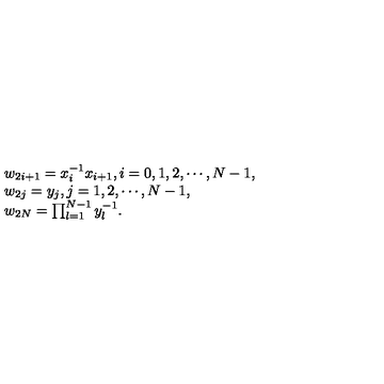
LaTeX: \begin{array} { l } { w _ { 2 i + 1 } = x _ { i } ^ { - 1 } x _ { i + 1 } , i = 0 , 1 , 2 , \cdots , N - 1 , } \\ { w _ { 2 j } = y _ { j } , j = 1 , 2 , \cdots , N - 1 , } \\ { w _ { 2 N } = \prod _ { l = 1 } ^ { N - 1 } y _ { l } ^ { - 1 } . } \\ \end{array}